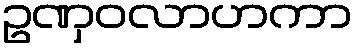
ဥဏှဝလာဟကာ